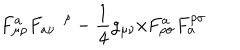
F _ { \mu \rho } ^ { a } F _ { a \nu } ^ { \; \rho } - { \frac { 1 } { 4 } } g _ { \mu \nu } x F _ { \rho \sigma } ^ { a } F _ { a } ^ { \rho \sigma }